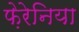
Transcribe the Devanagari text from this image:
फ़ेरेनिया